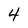
Character: 4